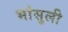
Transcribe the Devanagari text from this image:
भांसुली